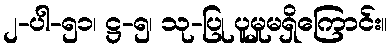
၂-ပါ-၅၁၊ ဋ္ဌ-၅၊ သု-ပြု ပူမှုမရှိကြောင်း။